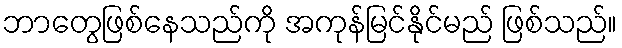
ဘာတွေဖြစ်နေသည်ကို အကုန်မြင်နိုင်မည် ဖြစ်သည်။